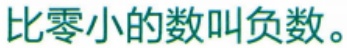
比零小的数叫负数。